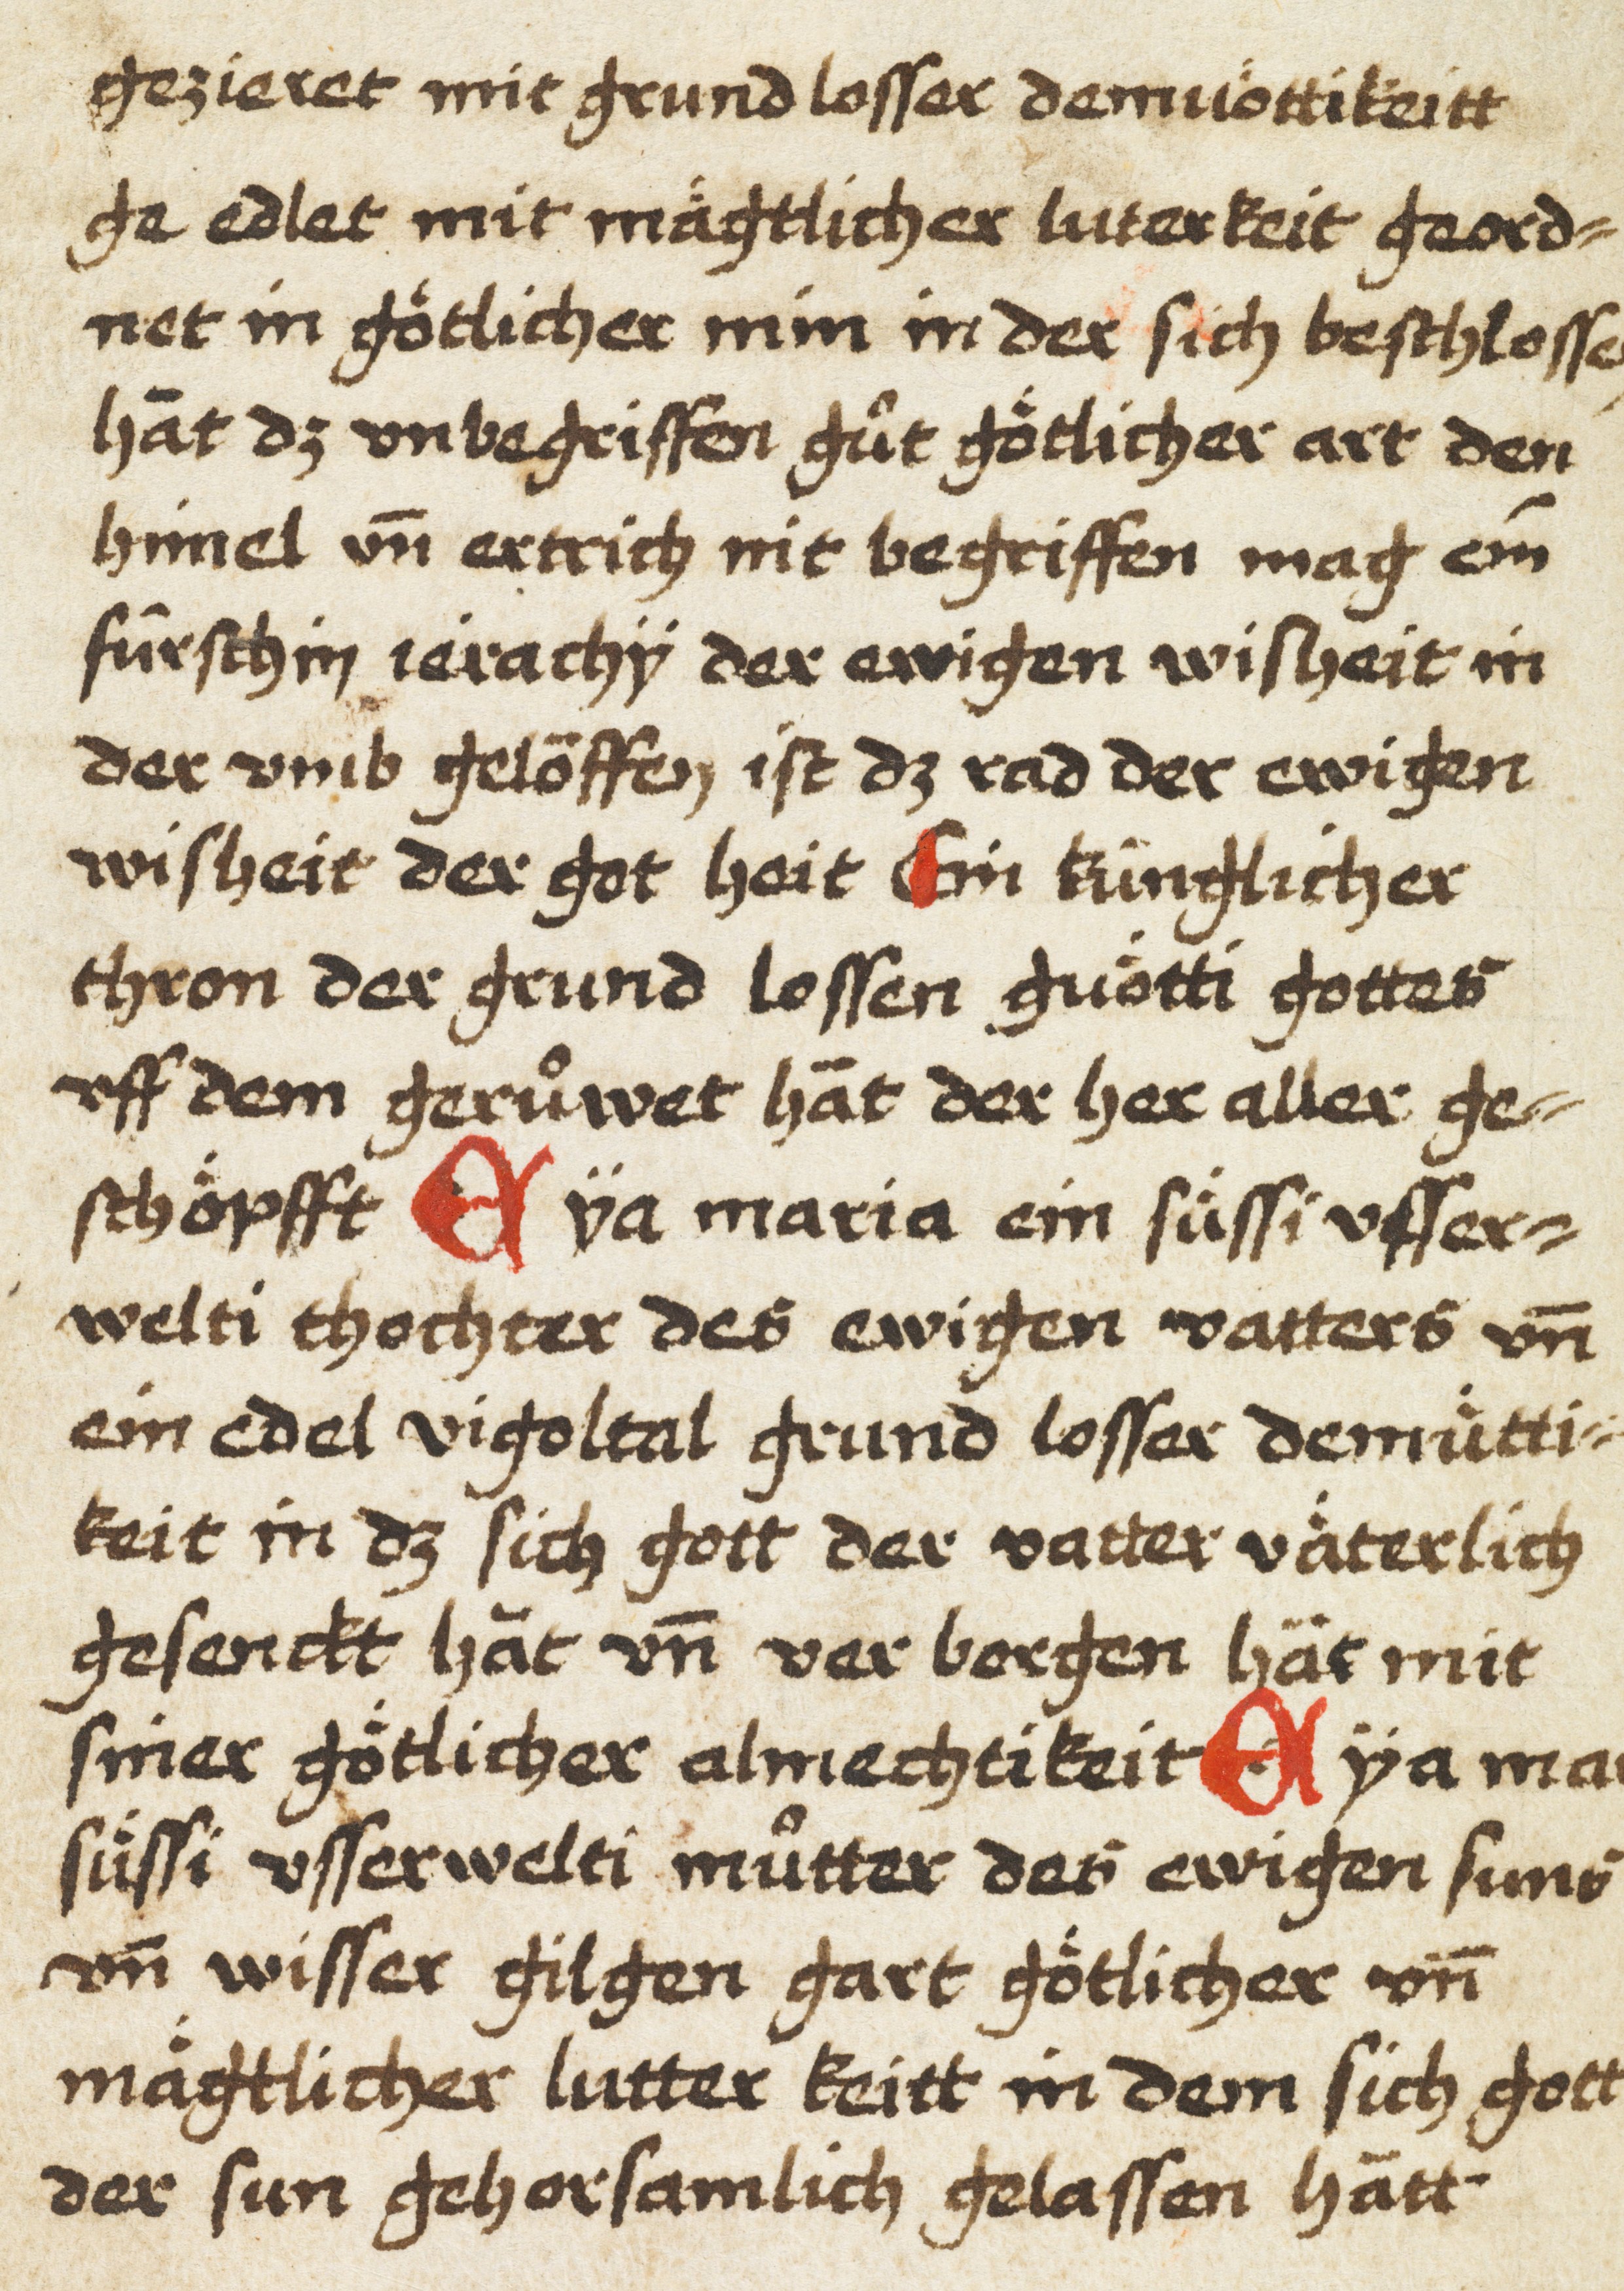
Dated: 1450–1499